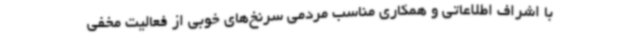
با اشراف اطلاعاتی و همکاری مناسب مردمی سرنخ‌های خوبی از فعالیت مخفی